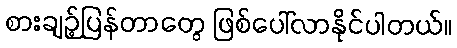
စားချဉ့်ပြန်တာတွေ ဖြစ်ပေါ်လာနိုင်ပါတယ်။